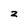
Character: z